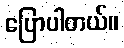
ပြောပါတယ်။